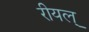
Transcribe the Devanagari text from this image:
रीयल्